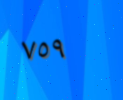
٧٥٩